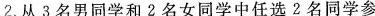
2.从3名男同学和2名女同学中任选2名同学参